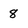
Character: 8